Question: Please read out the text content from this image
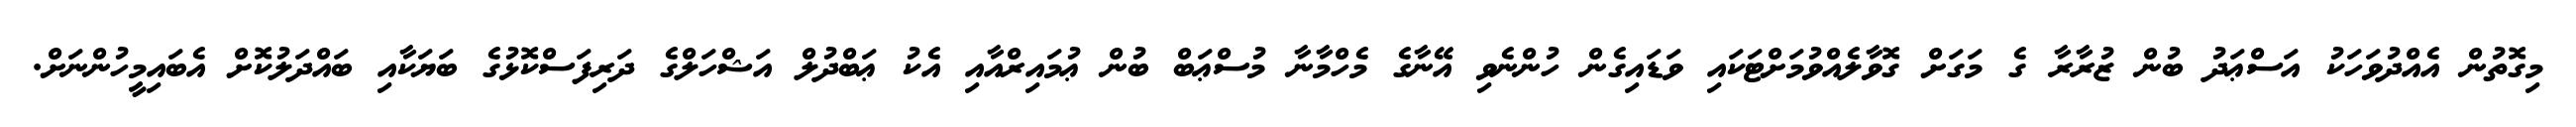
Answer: މިގޮތުން އެއްދުވަހަކު އަސްޢަދު ބުން ޒުރާރާ ގެ މަގަށް ގޮވާލެއްވުމަށްޓަކައި ވަޑައިގެން ހުންނެވި އޭނާގެ މެހްމާނާ މުސްޢަބް ބުން ޢުމައިރްއާއި އެކު ޢަބްދުލް އަޝްހަލްގެ ދަރިފަސްކޮޅުގެ ބަޔަކާއި ބައްދަލުކޮށް އެބައިމީހުންނަށް.